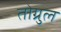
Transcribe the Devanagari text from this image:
तोग्रुल